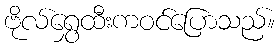
ဗိုလ်ရွှေထီးကဝင်ပြောသည်။